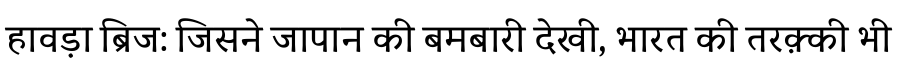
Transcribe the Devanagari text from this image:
हावड़ा ब्रिज: जिसने जापान की बमबारी देखी, भारत की तरक़्की भी